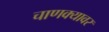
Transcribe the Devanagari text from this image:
चाणक्यावर